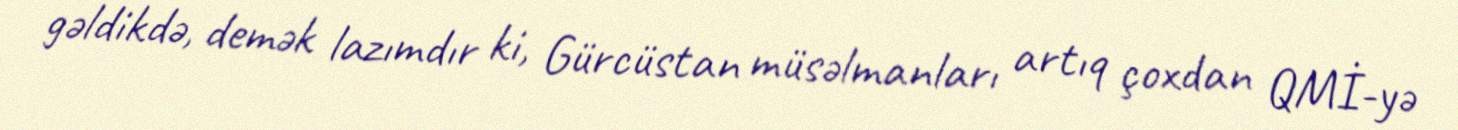
gəldikdə, demək lazımdır ki, Gürcüstan müsəlmanları artıq çoxdan QMİ-yə